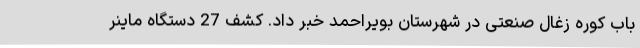
باب کوره زغال صنعتی در شهرستان بویراحمد خبر داد. کشف 27 دستگاه ماینر